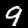
Label: 9